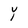
Character: Y